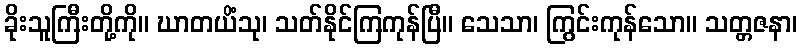
ခိုးသူကြီးတို့ကို။ ဃာတယိံသု၊ သတ်နိုင်ကြကုန်ပြီ။ သေသာ၊ ကြွင်းကုန်သော။ သတ္တဇနာ၊